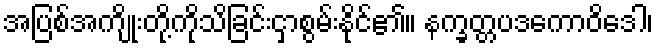
အပြစ်အကျိုးတို့ကိုသိခြင်းငှာစွမ်းနိုင်၏။ နက္ခတ္တပဒကောဝိဒေါ၊